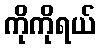
ကိုကိုရယ်